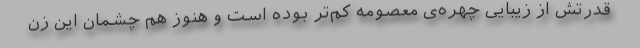
قدرتش از زیبایی چهره‌ی معصومه کم‌تر بوده است و هنوز هم چشمان این زن